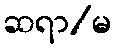
ဆရာ/မ